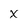
Character: X